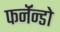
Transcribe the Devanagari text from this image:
फर्नॅन्डो